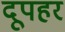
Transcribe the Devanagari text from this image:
दूपहर